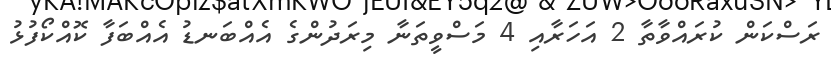
ރަސްކަން ކުރައްވާތާ 2 އަހަރާއި 4 މަސްވީތަނާ މިރަދުންގެ އެއްބަނޑު އެއްބަފާ ކޮއްކޯފުޅު